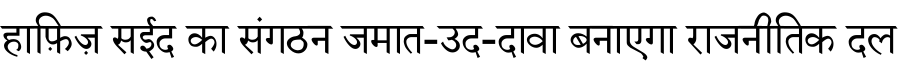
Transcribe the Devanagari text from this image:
हाफ़िज़ सईद का संगठन जमात-उद-दावा बनाएगा राजनीतिक दल